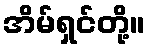
အိမ်ရှင်တို့။